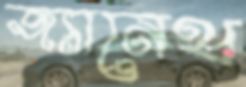
জ্যানেথ